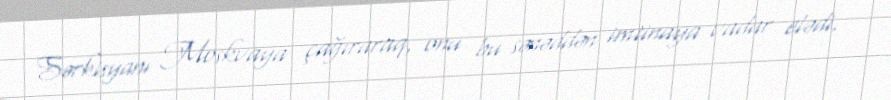
Sərkisyanı Moskvaya çağıraraq, onu bu sənəddən imtinaya vadar elədi.